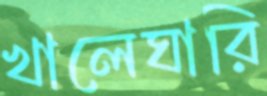
খালেঘারি